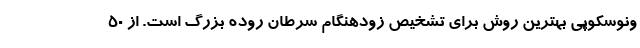
ونوسکوپی بهترین روش برای تشخیص زودهنگام سرطان روده بزرگ است. از 50